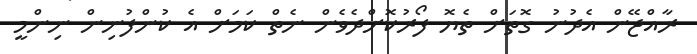
ރާއްޖޭން އެދުނު ގޮތަށް ތެޔޮ ފޯރުކޮށްދެވެން ނެތް ކަމަށް އެ ކުންފުނިން ނިންމީ